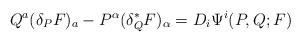
LaTeX: \begin{align*}Q^a(\delta_P F)_a - P^\alpha(\delta^*_Q F)_\alpha = D_i \Psi^i(P,Q;F)\end{align*}